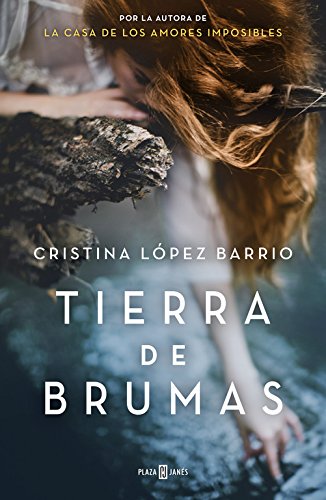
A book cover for Tierra de brumas (Spanish Edition); Cristina LÃ³pez Barrio; Romance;